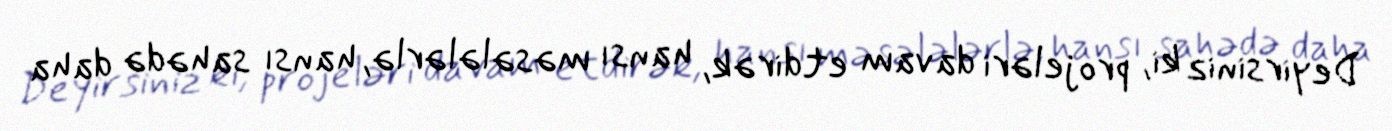
Deyirsiniz ki, projeləri davam etdirək, hansı məsələlərlə, hansı sahədə daha